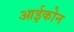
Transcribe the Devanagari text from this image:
आईकोन